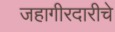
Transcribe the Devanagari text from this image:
जहागीरदारीचे